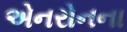
એનરોનના